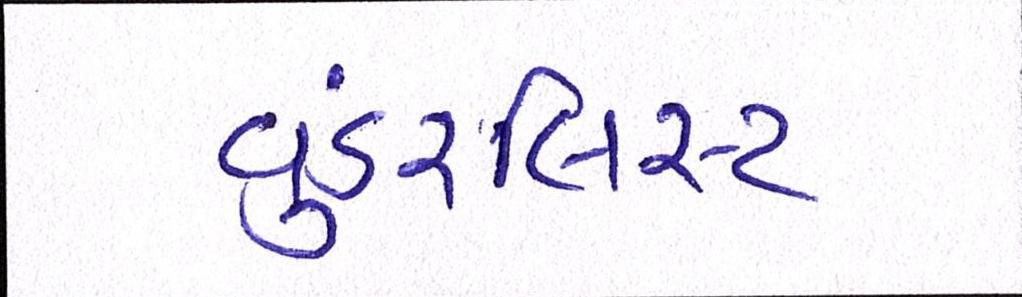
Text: વુંડરલિસ્ટ